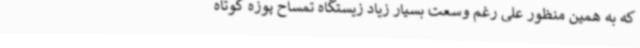
که به همین منظور علی رغم وسعت بسیار زیاد زیستگاه تمساح پوزه کوتاه